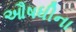
ઔષધીના